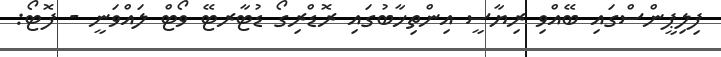
ފިލިޕީންސްގައި ބޭއްވި ރިޔާސީ އިންތިޚާބުގައި ރޮޑްރިގޯ ޑުޓާރޓޭ ވޯޓް ލައްވަނީ - ފޮޓޯ: